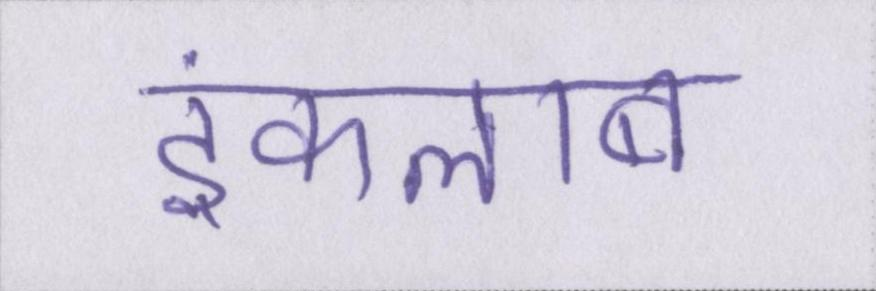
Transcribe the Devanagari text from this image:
इंकलाब